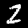
Label: 2